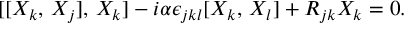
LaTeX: [ [ X _ { k } , \, X _ { j } ] , \, X _ { k } ] - i \alpha \epsilon _ { j k l } [ X _ { k } , \, X _ { l } ] + R _ { j k } X _ { k } = 0 .